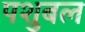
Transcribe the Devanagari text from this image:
पशुबल